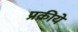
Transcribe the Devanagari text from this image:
प्रक्रीये